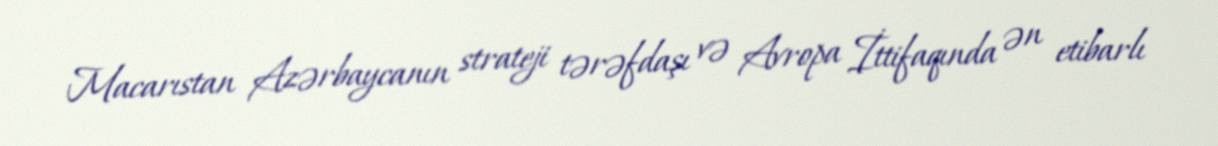
Macarıstan Azərbaycanın strateji tərəfdaşı və Avropa İttifaqında ən etibarlı